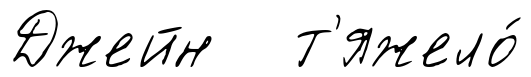
Джейн т'яжело́